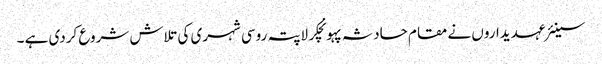
سینئر عہدیداروں نے مقام حادثہ پہونچکر لاپتہ روسی شہری کی تلاش شروع کردی ہے ۔